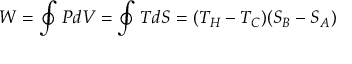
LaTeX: W = \oint P d V = \oint T d S = ( T _ { H } - T _ { C } ) ( S _ { B } - S _ { A } )